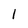
Character: 1